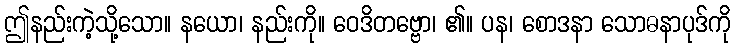
ဤနည်းကဲ့သို့သော။ နယော၊ နည်းကို။ ဝေဒိတဗ္ဗော၊ ၏။ ပန၊ စောဒနာ သောဓနာပုဒ်ကို